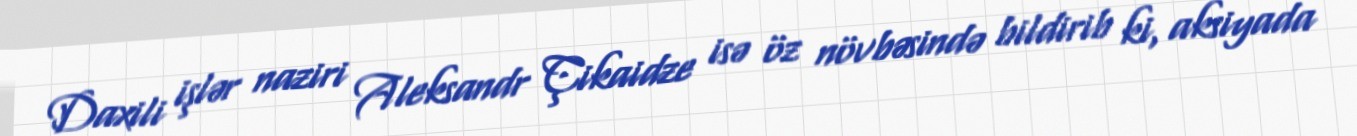
Daxili işlər naziri Aleksandr Çikaidze isə öz növbəsində bildirib ki, aksiyada